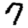
Digit: 7